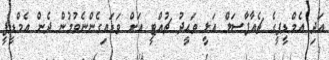
އަދި އެމްޑީޕީގެ ޗެއާޕާސަލް އަލީ ވަޙީދު ޗުއްޓީ އަށް ވަޑައިގެންނެވުމުން ދެން އެމްޑީޕީ